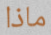
ماذا